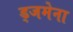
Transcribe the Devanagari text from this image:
ड्जमेना